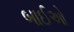
બાઈઓ